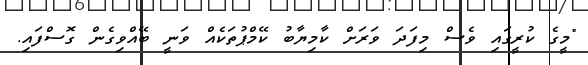
"މީގެ ކުރީގައި ވެސް މިފަދަ ވަރަށް ކާމިޔާބު ކޭމްޕުތަކެއް ވަނީ ބޭއްވިގެން ގޮސްފައި.